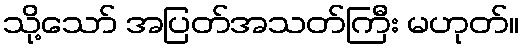
သို့သော် အပြတ်အသတ်ကြီး မဟုတ်။